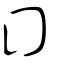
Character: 囗